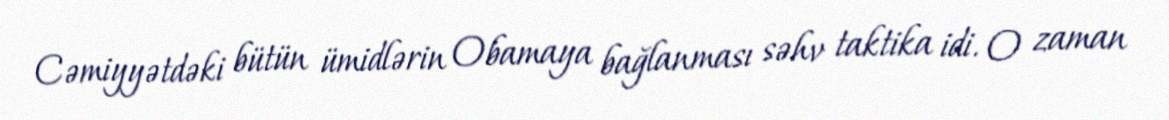
Cəmiyyətdəki bütün ümidlərin Obamaya bağlanması səhv taktika idi. O zaman